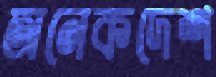
অনেকদেশ